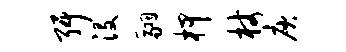
弭没翮柙杖庾